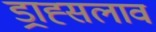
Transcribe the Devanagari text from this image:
ड्राह्सलाव